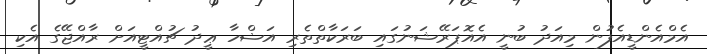
އެމްއެންޑީއެފުން މިއަދު ބުނީ އެއޮޕަރޭޝަނުގައި ބަރަކާތްތެރި އަޟްހާ ޢީދު ޗުއްޓީއަށް ރާއްޖޭގެ އެކި